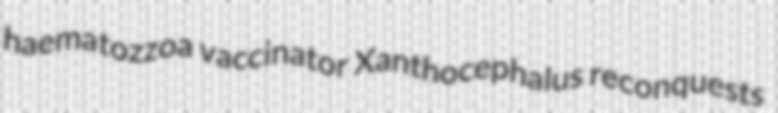
haematozzoa vaccinator Xanthocephalus reconquests